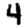
Digit: 4